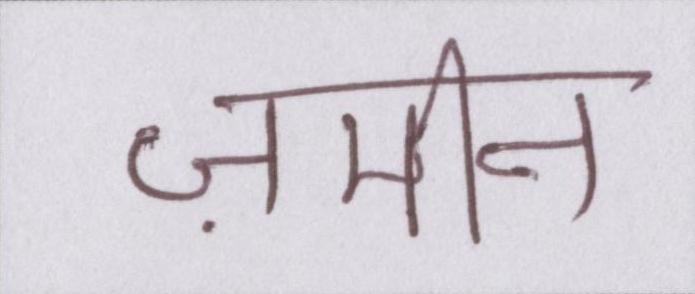
ज़मीन